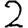
Digit: 2